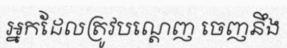
អ្នកដែលត្រូវបណ្តេញ ចេញនឹង